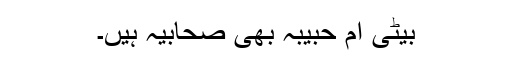
بیٹی ام حبیبہ بھی صحابیہ ہیں۔